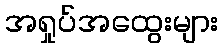
အရှုပ်အထွေးများ